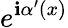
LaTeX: e^{\mathbf{i}\alpha^{\prime}(x)}